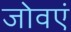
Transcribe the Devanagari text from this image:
जोवएं